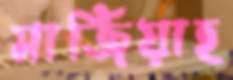
মার্জিয়াহ